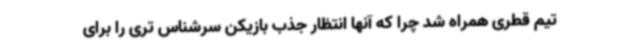
تیم قطری همراه شد چرا که آنها انتظار جذب بازیکن سرشناس تری را برای